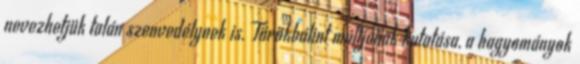
nevezhetjük talán szenvedélynek is. Törökbálint múltjának kutatása, a hagyományok